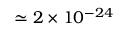
\simeq 2 \times 1 0 ^ { - 2 4 }